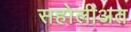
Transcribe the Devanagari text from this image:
सहोलीअत